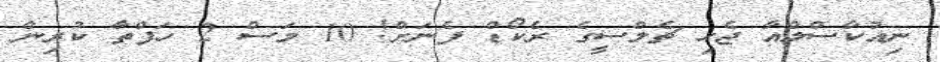
ނިއުކާސްލްއާ ޖެހި ޗެލްސީގެ ރެކޯޑް ފެނަށް! 10 މަސް 2 ހަފްތާ ކުރިން